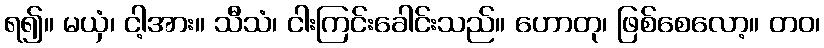
ရ၍။ မယှံ၊ ငါ့အား။ သီသံ၊ ငါးကြင်းခေါင်းသည်။ ဟောတု၊ ဖြစ်စေလော့။ တဝ၊